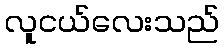
လူငယ်လေးသည်